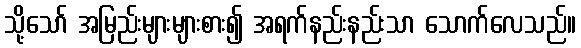
သို့သော် အမြည်းများများစား၍ အရက်နည်းနည်းသာ သောက်လေသည်။